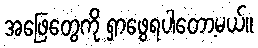
အဖြေတွေကို ရှာဖွေရပါတော့မယ်။